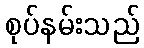
စုပ်နမ်းသည်